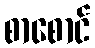
စာစောင်